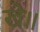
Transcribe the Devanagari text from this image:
खे॥